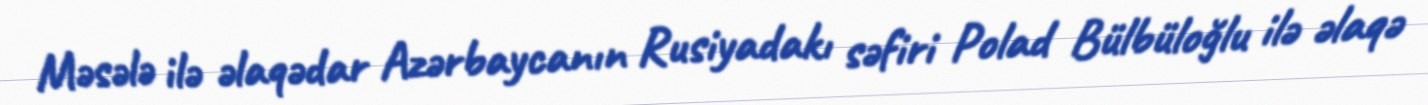
Məsələ ilə əlaqədar Azərbaycanın Rusiyadakı səfiri Polad Bülbüloğlu ilə əlaqə